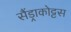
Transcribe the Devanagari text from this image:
सैंड्राकोट्टस